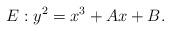
LaTeX: \begin{align*} E: y^2 = x^3 + Ax + B.\end{align*}